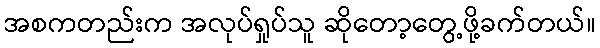
အစကတည်းက အလုပ်ရှုပ်သူ ဆိုတော့တွေ့ဖို့ခက်တယ်။